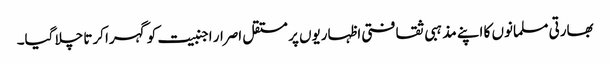
بھارتی مسلمانوں کا اپنے مذہبی ثقافتی اظہاریوں پر مستقل اصرار اجنبیت کو گہرا کرتا چلا گیا۔